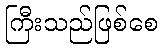
ကြီးသည်ဖြစ်စေ